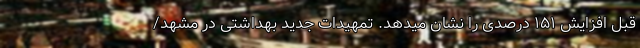
قبل افزایش ۱۵۱ درصدی را نشان میدهد. تمهیدات جدید بهداشتی در مشهد/